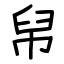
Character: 帠